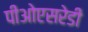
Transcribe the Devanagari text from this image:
पीओएसरेडी